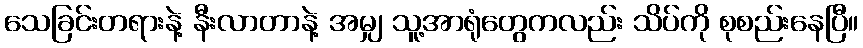
သေခြင်းတရားနဲ့ နီးလာတာနဲ့ အမျှ သူ့အာရုံတွေကလည်း သိပ်ကို စုစည်းနေပြီ။